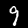
Label: 9